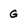
Character: g